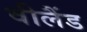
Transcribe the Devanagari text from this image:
वीलैंड